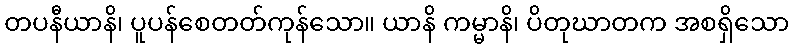
တပနီယာနိ၊ ပူပန်စေတတ်ကုန်သော။ ယာနိ ကမ္မာနိ၊ ပိတုဃာတက အစရှိသော